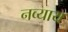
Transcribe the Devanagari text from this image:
नव्याय